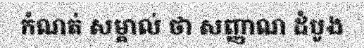
កំណត់ សម្គាល់ ថា សញ្ញាណ ដំបូង